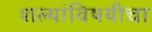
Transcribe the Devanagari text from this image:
शल्यांविषयीचा